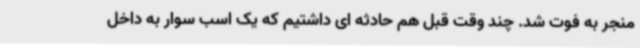
منجر به فوت شد. چند وقت قبل هم حادثه ای داشتیم که یک اسب سوار به داخل